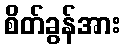
စိတ်ခွန်အား